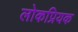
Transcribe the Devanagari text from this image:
लोकप्रियक